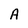
Character: A